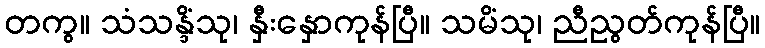
တကွ။ သံသန္ဒိံသု၊ နှီးနှောကုန်ပြီ။ သမိံသု၊ ညီညွတ်ကုန်ပြီ။